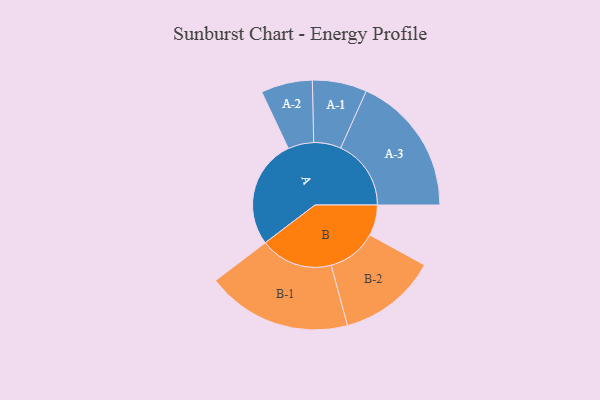
{"axis": {"x": "Segment", "y": "Value"}, "legend": ["", "A", "B"], "data": [{"x": "A", "y": 437, "type": ""}, {"x": "B", "y": 123, "type": ""}, {"x": "A-1", "y": 109, "type": "A"}, {"x": "A-2", "y": 103, "type": "A"}, {"x": "A-3", "y": 282, "type": "A"}, {"x": "B-1", "y": 291, "type": "B"}, {"x": "B-2", "y": 198, "type": "B"}]}